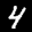
Label: 4